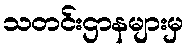
သတင်းဌာနများမှ